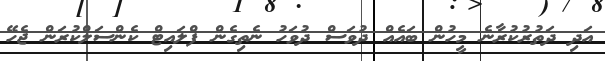
އަދި ދަތުރުކުރާނެ މީހުން ބައެއް ދުވަސް ދުވަހު ނެތިގެން ފްލައިޓް ކެންސަލްކުރަން ޖެހޭ